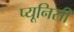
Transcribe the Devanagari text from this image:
प्यूनिसी